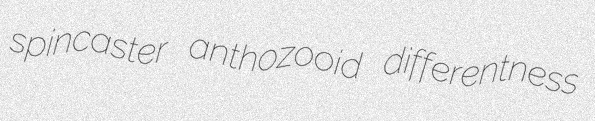
spincaster anthozooid differentness